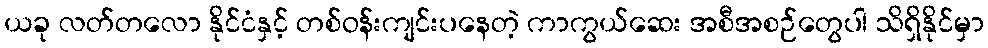
ယခု လတ်တလော နိုင်ငံနှင့် တစ်ဝန်းကျင်းပနေတဲ့ ကာကွယ်ဆေး အစီအစဉ်တွေပါ သိရှိနိုင်မှာ